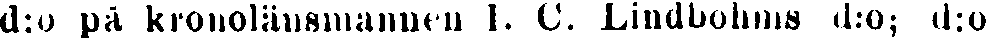
d:o på kronolänsmannen I. C. Lindbohms d:o; d:o